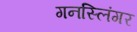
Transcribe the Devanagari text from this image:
गनस्लिंगर